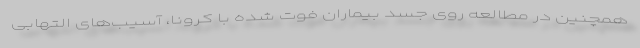
همچنین در مطالعه روی جسد بیماران فوت شده با کرونا، آسیب‌های التهابی